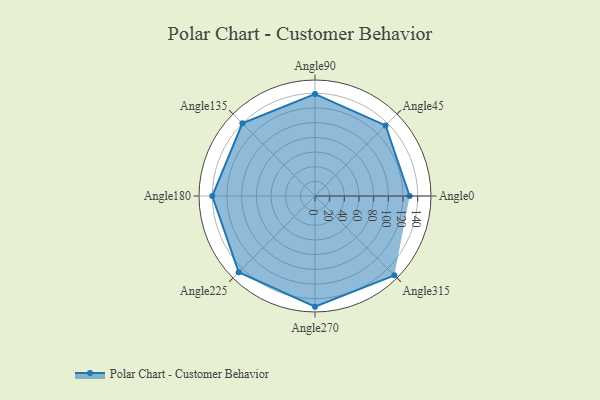
{"axis": {"x": "Angle", "y": "Radius"}, "legend": [""], "data": [{"x": "Angle0", "y": 129.0, "type": ""}, {"x": "Angle45", "y": 136.0, "type": ""}, {"x": "Angle90", "y": 139.0, "type": ""}, {"x": "Angle135", "y": 140.0, "type": ""}, {"x": "Angle180", "y": 140.0, "type": ""}, {"x": "Angle225", "y": 147.0, "type": ""}, {"x": "Angle270", "y": 151.0, "type": ""}, {"x": "Angle315", "y": 153.0, "type": ""}]}